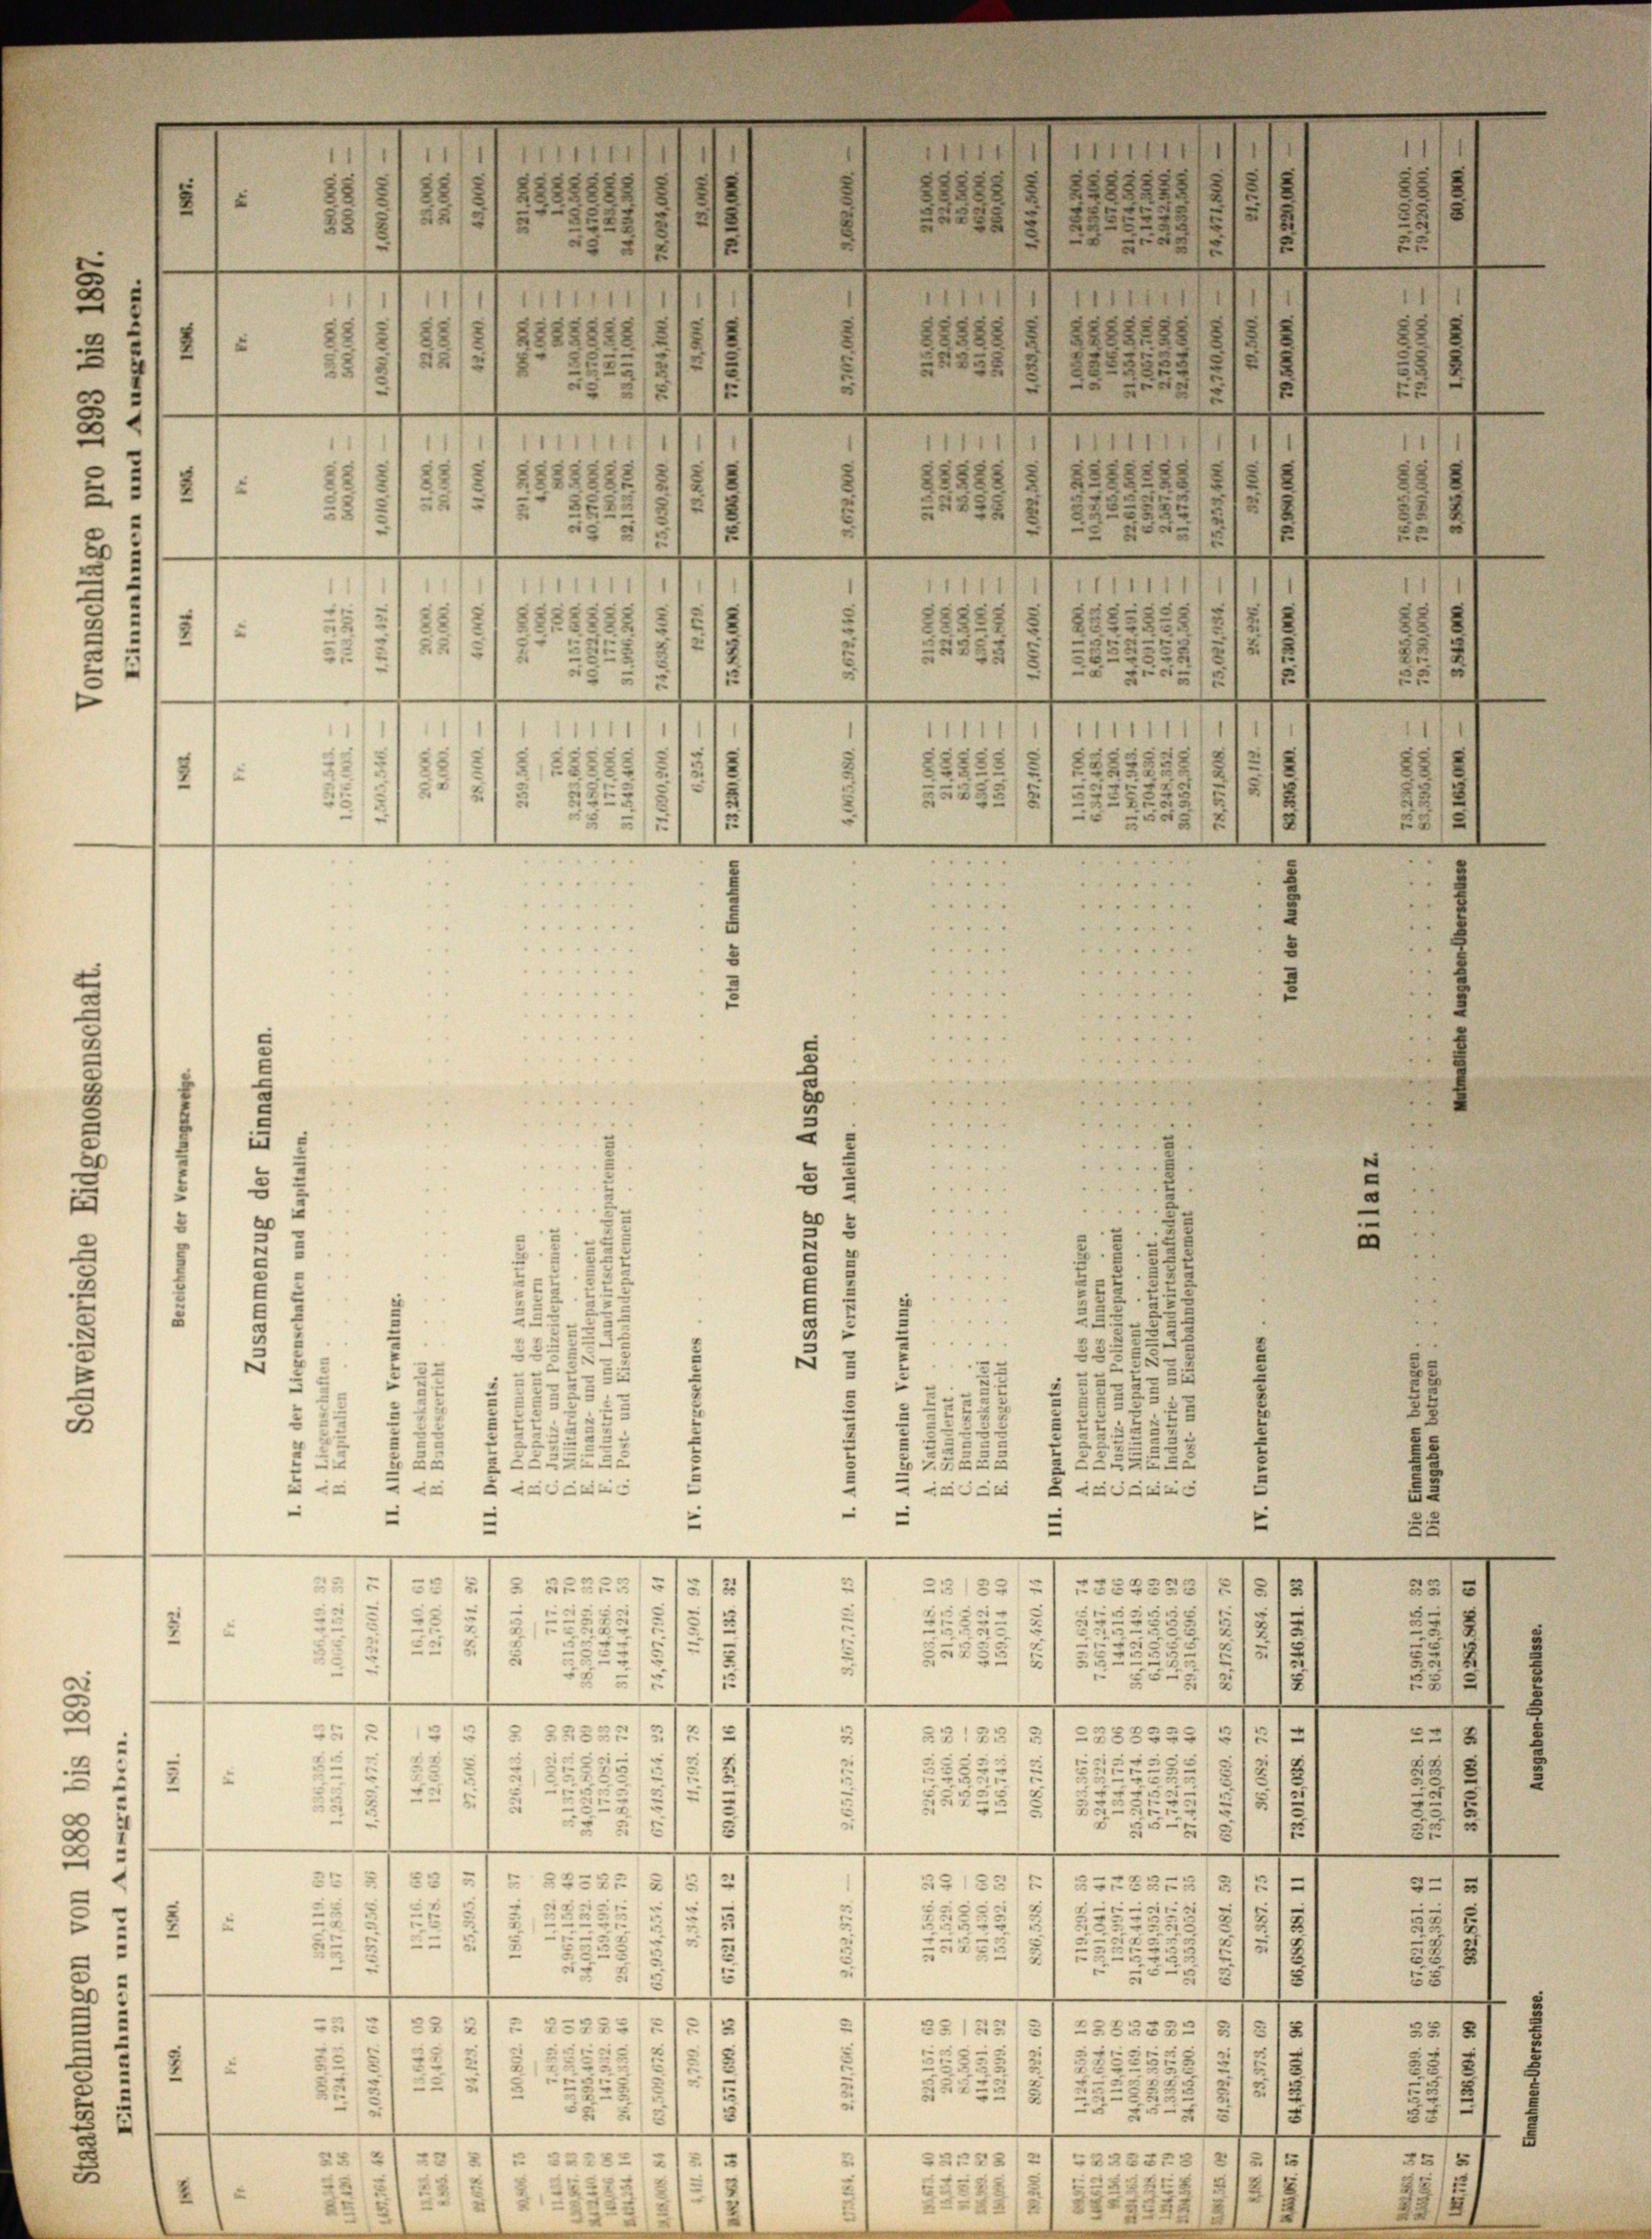
u
.
u
1
2

F

.
1
e
n

g

e

12
1
111
252
722
258
2
§ 2
2
i
2
.
1
.
2125
5/22885
¬
u
e
S 2
3
e
2
e
22
u
3
22:
2
xx
2
.
2
 1722

g
c dies
.
e
e
-
-
e
.
e
n
.
e
.
e
.
—
—
e
i
“
¬
.
e
1
3
22)
¬
)
2
§ 22335
2
.
85
e
e
e
u
.
.
4
3:
.
1
e
2
1
25
u
5
.
¬
5
.
e
.
e

s
e
s
d
3
12
2
2:
323
3
23135)
u
“
33525
8
2

1
6
u
2
u
u
.
e
1

23
5
1 x
25
3
2
5
—
.
i
.
e
e
23
.
e
e
12
¬
§ 22322
e
35135
-
3

.
.
e
5
3
3
u
55
2
n
i
5
2
.
2
5
u
u
.
.
1
5
5
u
2
¬
5
.
e
e
—
n
—
—
—
¬
e
e
e
e
233
215 f
e
2
3
35125
258-23:
12
2
w
2
2
251
22
2
.
3
.
2
3
2
22
5.
d
6
2
52
21
e
e
—
)
2
227/21232253 21513
2221 § 322221
h
Er
12
2
183
e
42
7

1

3
15
21